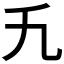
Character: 𬼃